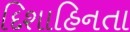
દિશાહિનતા